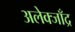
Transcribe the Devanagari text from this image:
अलेक्जाँद्र